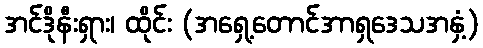
အင်ဒိုနီးရှား၊ ထိုင်း (အရှေ့တောင်အာရှဒေသအနှံ့)